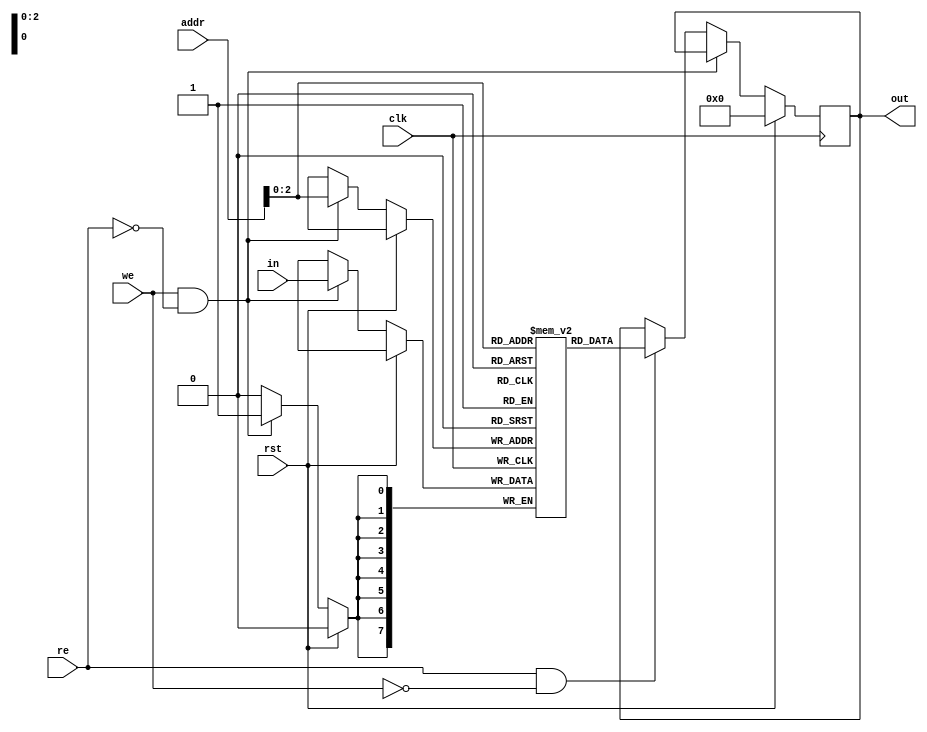
module ram
# (parameter data_width = 8, 
	parameter addr_width = 5,
	parameter depth = 32)
(output [data_width-1:0] out,
	input [addr_width-1:0] addr,
	input [data_width-1:0] in,
	input clk,
	input rst,
	input we,
	input re);

reg [data_width-1:0]memory[addr_width-1:0];
reg [data_width-1:0]out_r;


always@(posedge clk)
begin
	if(rst )begin
		out_r <= 0;
	end else
		if(we && !re)
			memory[addr] <= in;
		else if(re && !we)
			out_r <= memory[addr];
end



assign out = out_r;
endmodule